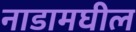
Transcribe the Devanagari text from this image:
नाडामघील